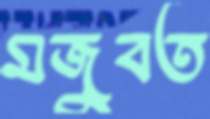
মজুবত